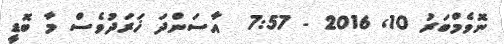
ނޮވެމްބަރު 10